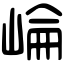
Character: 崘